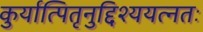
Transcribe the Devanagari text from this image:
कुर्यात्पितृनुद्दिश्ययत्नतः